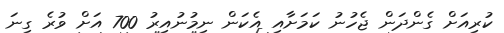
ކުރިއަށް ގެންދަން ޖެހުނު ކަމަށާއި އެކަން ނިމުނުއިރު 700 އަށް ވުރެ ގިނަ